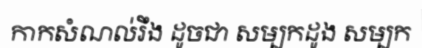
កាកសំណល់រឹង ដូចជា សម្បកដូង សម្បក